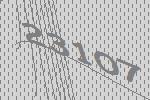
23107